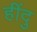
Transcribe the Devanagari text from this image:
हींदु